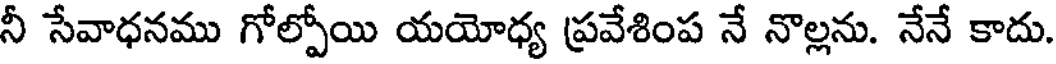
నీ సేవాధనము గోల్పోయి యయోధ్య ప్రవేశింప నే నొల్లను. నేనే కాదు.